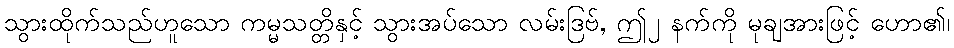
သွားထိုက်သည်ဟူသော ကမ္မသတ္တိနှင့် သွားအပ်သော လမ်းဒြဗ်, ဤ၂ နက်ကို မုချအားဖြင့် ဟော၏၊